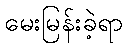
မေးမြန်းခဲ့ရာ